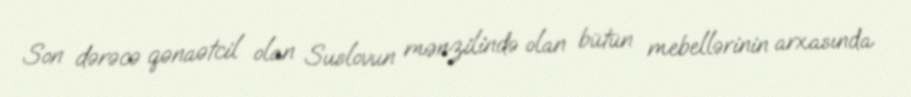
Son dərəcə qənaətcil olan Suslovun mənzilində olan bütün mebellərinin arxasında